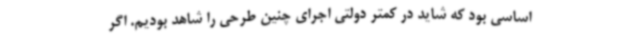
اساسی بود که شاید در کمتر دولتی اجرای چنین طرحی را شاهد بودیم. اگر